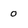
Character: 0